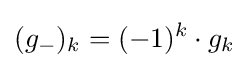
(g_{-})_{k}=(-1)^{k}\cdot g_{k}